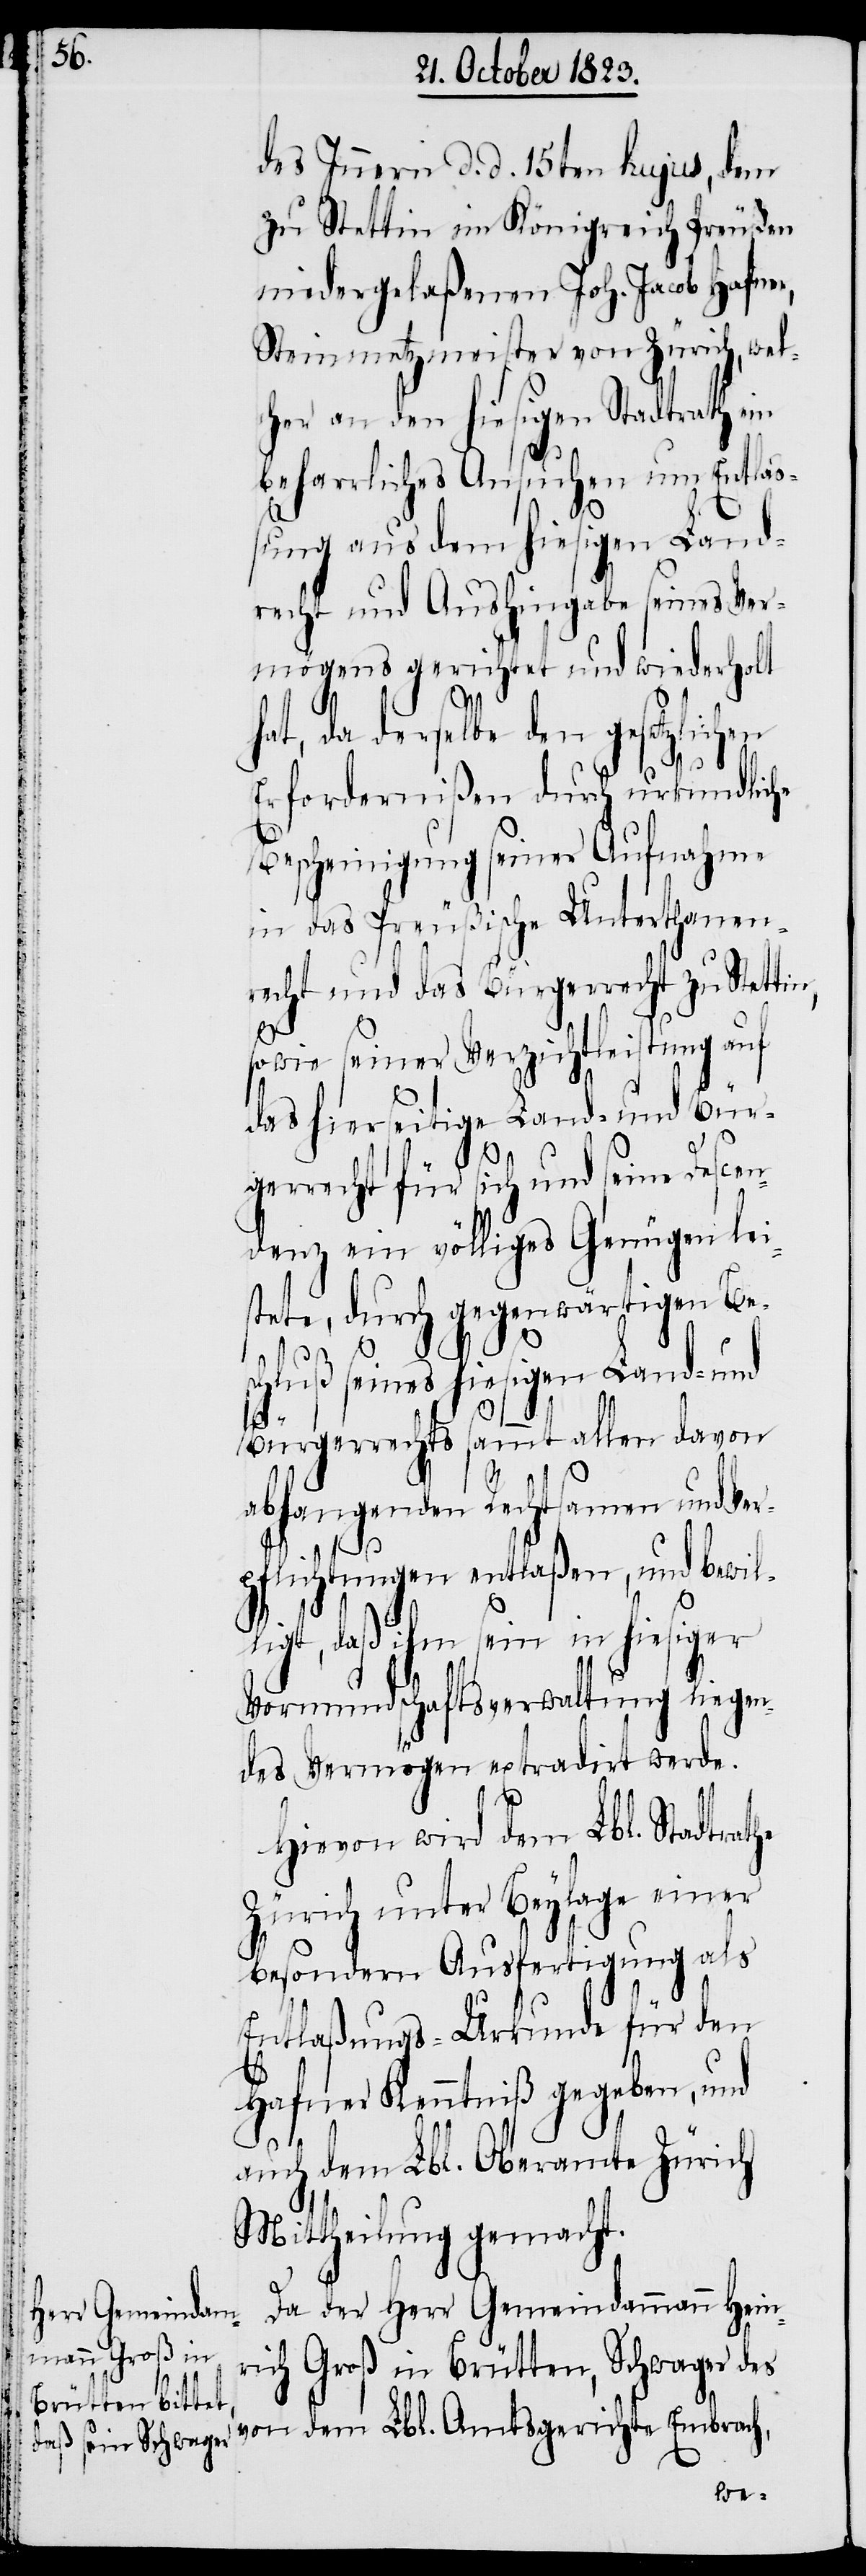
des Innern d. d. 15ten hujus, dem
zu Stettin im Königreich Preußen
niedergelaßenen Joh. Jacob Hafner,
Steinmetzmeister von Zürich, wel¬
cher an den hiesigen Stadtrath ein
beharrliches Ansuchen um Entla¬
ßung aus dem hiesigen Land¬
recht und Aushingabe seines Ver¬
mögens gerichtet und wiederholt
hat, da derselbe den gesetzlichen
Erfordernißen durch urkundliche
Bescheinigung seiner Aufnahme
in das Preußische Unterthanen¬
recht und das Bürgerrecht zu Stettin,
sowie seiner Verzichtleistung auf
das hierseitige Land- und Bür¬
gerrecht für sich und seine Descen¬
denz ein völliges Genügen lei¬
stete, durch gegenwärtigen Be¬
schluß seines hiesigen Land- und
Bürgerrechts sammt allen davon
abhangenden Rechtsamen und Ve¬
rpflichtungen entlaßen, und bewil¬
ligt, daß ihm sein in hiesiger
Vormundschaftsverwaltung liegen¬
des Vermögen extradirt werde.
Hievon wird dem Lbl. Stadtrathe
Zürich unter Beylage einer
besondern Ausfertigung als
Entlaßungs-Urkunde für den
Hafner Kenntniß gegeben, und
auch dem Lbl. Oberamte Zürich
Mittheilung gemacht.
Da der Herr Gemeindammann Hein¬
rich Groß in Brütten, Schwager des
von dem Lbl. Amtsgerichte Embrach,